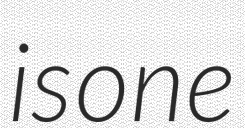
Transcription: is one